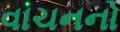
વાચનનો